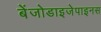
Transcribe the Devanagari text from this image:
बेंजोडाइजेपाइनस